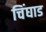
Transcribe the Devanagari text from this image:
चिंघाड